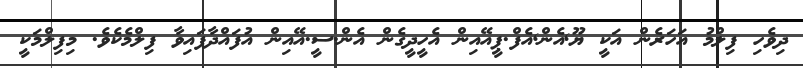
ދިވެހި ފިލްމު އަހަރެން އަކީ ޔޫ